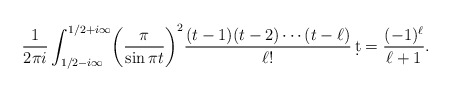
\begin{align*}\frac1{2\pi i}\int_{1/2-i\infty}^{1/2+i\infty}\biggl(\frac\pi{\sin\pi t}\biggr)^2\frac{(t-1)(t-2)\dotsb(t-\ell)}{\ell!}\,\d t=\frac{(-1)^\ell}{\ell+1}.\end{align*}